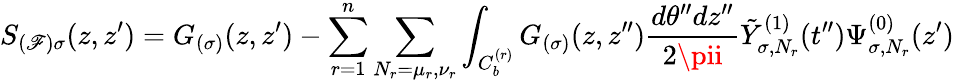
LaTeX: S_{(\mathscr{F})\sigma}(z,z^{\prime})=G_{(\sigma)}(z,z^{\prime})-\sum_{r=1}^{n}\sum_{N_{r}=\mu_{r},\nu_{r}}\int_{C_{b}^{(r)}}G_{(\sigma)}(z,z^{\prime\prime})\frac{{d\theta^{\prime\prime}dz^{\prime\prime}}}{{2\pii}}\tilde{{Y}}_{\sigma,N_{r}}^{(1)}(t^{\prime\prime})\Psi_{\sigma,N_{r}}^{(0)}(z^{\prime})